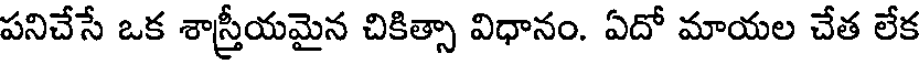
పనిచేసే ఒక శాస్త్రీయమైన చికిత్సా విధానం. ఏదో మాయల చేత లేక